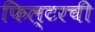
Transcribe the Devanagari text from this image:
फिल्टरची